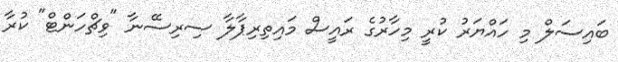
ބައިސަލް މި ހައްޔަރު ކުރީ މިހާރުގެ ރައީސް މައިތިރިޕާލާ ސިރިސޭނާ "ވިޗްހަންޓް" ކުރާ